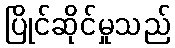
ပြိုင်ဆိုင်မှုသည်